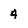
Character: 4